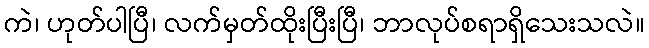
ကဲ၊ ဟုတ်ပါပြီ၊ လက်မှတ်ထိုးပြီးပြီ၊ ဘာလုပ်စရာရှိသေးသလဲ။